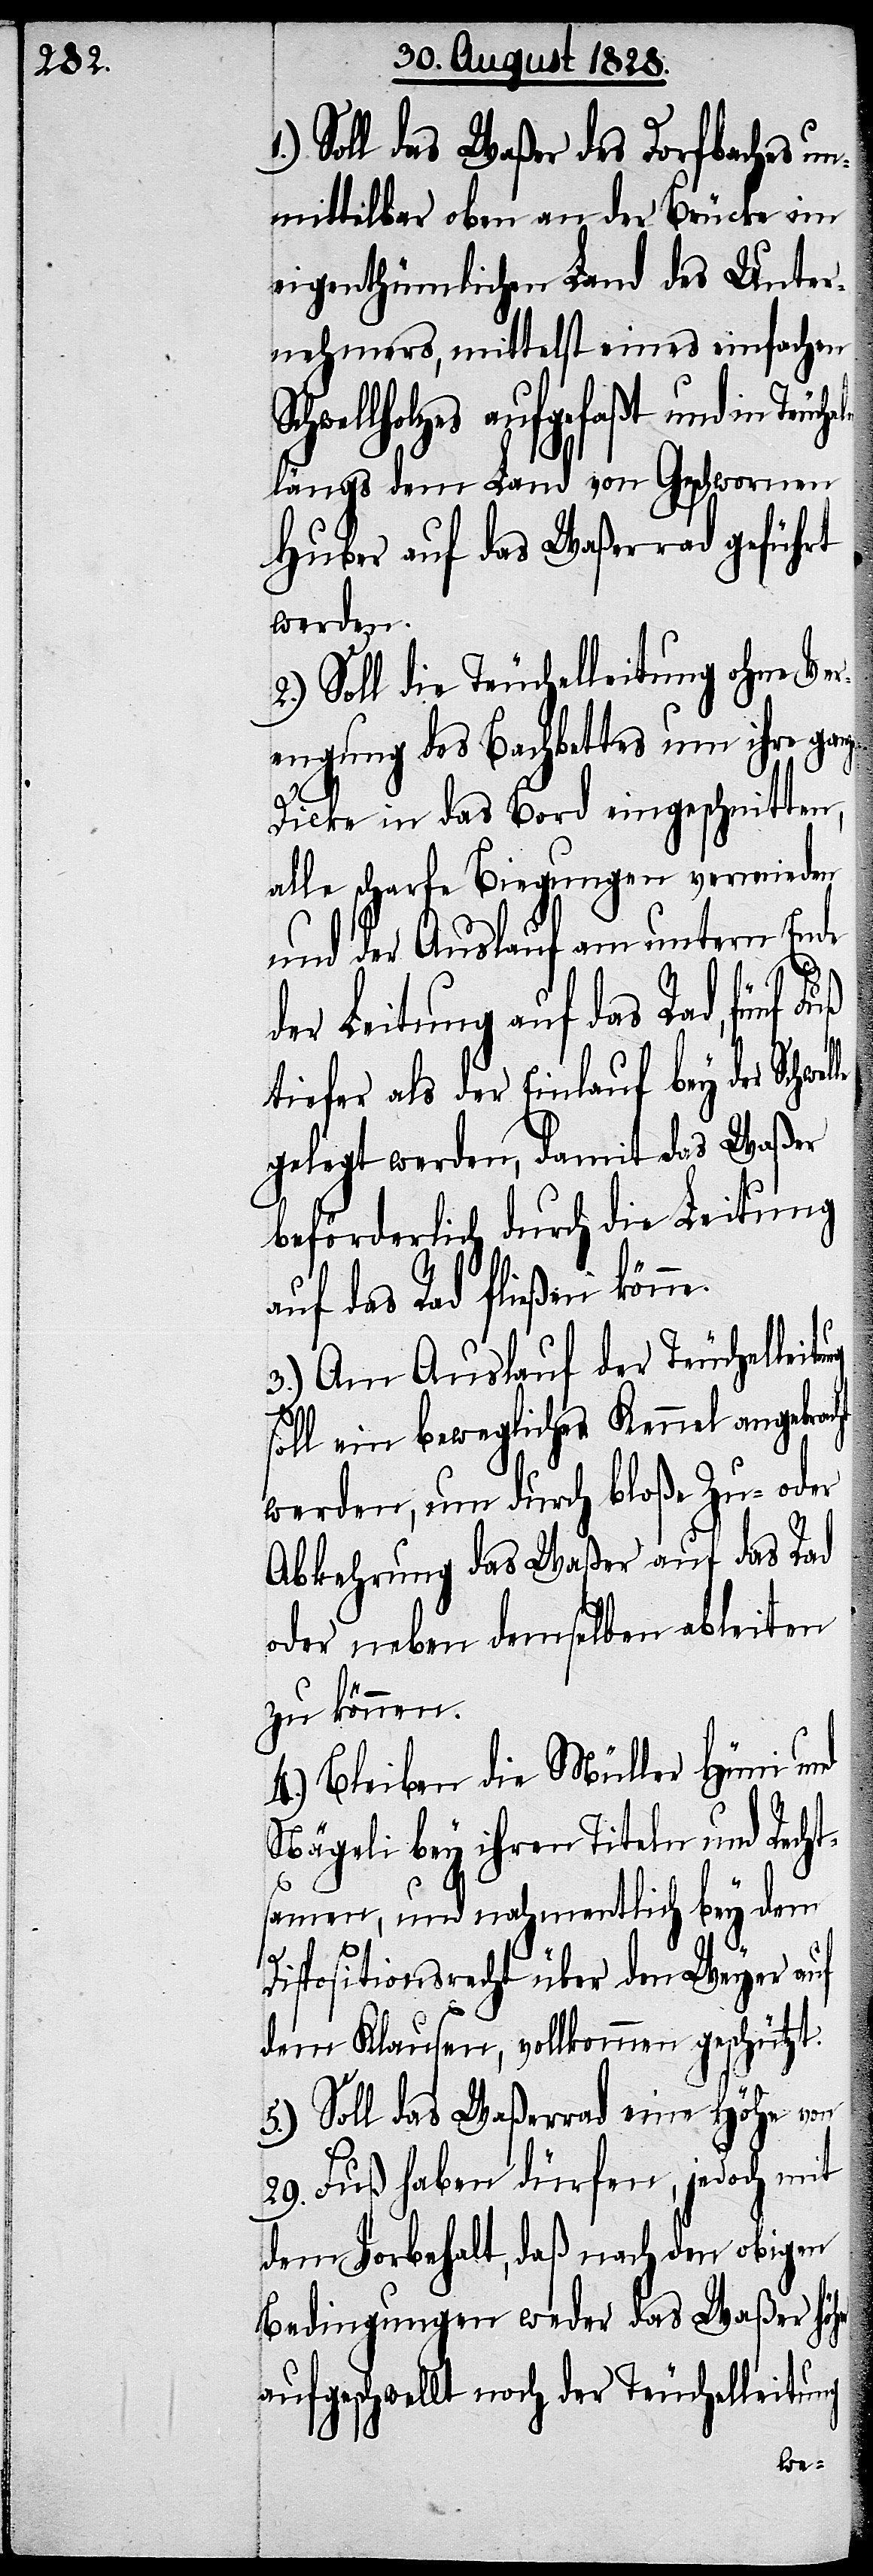
Soll das Waßer des Dorfbaches un¬
mittelbar oben an der Brücke im
eigenthümlichen Land des Unter¬
nehmers, mittelst eines einfachen
hwellholzes aufgefaßt und in
längs dem Land von Geschwornen
Huber auf das Waßerrad geführt
werden.
2.) Soll die Teuchelleitung ohne Ver¬
engung des Bachbettes um ihre ganze
1.)
Dicke in das Bord eingeschnitten,
alle scharfe Biegungen vermieden
und der Auslauf am untern Ende
der Leitung auf das Rad, fünf Fuß
ng
tiefer als der Einlauf bey der Schwe¬
gelegt werden, damit das Waßer
beförderlich durch die Leitung
auf das Rad fließen könne.
3.) Am Auslauf der Teuchelleitu¬
soll ein bewegliches Kennel angebracht
werden, um durch bloße Zu- oder
Abkehrung das Waßer auf das Rad
oder neben demselben ableiten
zu können.
4.) Bleiben die Müller Hüni und
Nägeli bey ihren Titeln und Rechs¬
amen, und nahmentlich bey dem
Dispositionsrecht über den Weyer auf
dem Klausen, vollkommen geschützt.
5.) Soll das Waßerrad eine Höhe von
29. Fuß haben dürfen, jedoch mit
dem Vorbehalt, daß nach den obigen
Bedingungen weder das Waßer höh¬
aufgeschwellt noch der Teuchelleitung
er